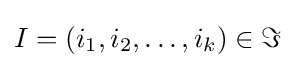
I=(i_{1},i_{2},\dots ,i_{k})\in \Im